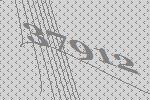
37912